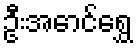
ဦးအောင်ရွှေ